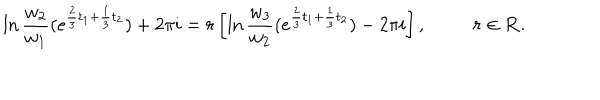
\ln \frac { w _ { 2 } } { w _ { 1 } } ( e ^ { \frac { 2 } { 3 } t _ { 1 } + \frac { 1 } { 3 } t _ { 2 } } ) + 2 \pi i = r \left[ \ln \frac { w _ { 3 } } { w _ { 2 } } ( e ^ { \frac { 2 } { 3 } t _ { 1 } + \frac { 1 } { 3 } t _ { 2 } } ) - 2 \pi i \right] , ~ r \in { \bf R } .